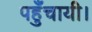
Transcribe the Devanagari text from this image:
पहुँचायी।